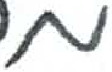
אות: מ